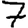
Digit: 7